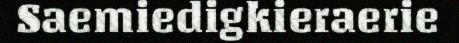
Saemiedigkieraerie